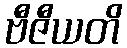
ဗီဇီယတိ